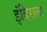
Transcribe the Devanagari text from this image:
इंदिराला